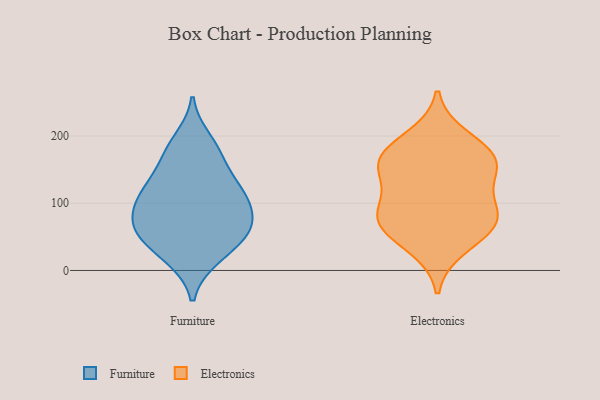
{"axis": {"x": "Shipments", "y": "Value"}, "legend": ["Electronics", "Furniture"], "data": [{"x": "", "y": 75, "type": "Furniture"}, {"x": "", "y": 145, "type": "Furniture"}, {"x": "", "y": 60, "type": "Furniture"}, {"x": "", "y": 111, "type": "Furniture"}, {"x": "", "y": 95, "type": "Furniture"}, {"x": "", "y": 57, "type": "Furniture"}, {"x": "", "y": 58, "type": "Furniture"}, {"x": "", "y": 18, "type": "Furniture"}, {"x": "", "y": 94, "type": "Furniture"}, {"x": "", "y": 47, "type": "Furniture"}, {"x": "", "y": 118, "type": "Furniture"}, {"x": "", "y": 129, "type": "Furniture"}, {"x": "", "y": 195, "type": "Furniture"}, {"x": "", "y": 108, "type": "Furniture"}, {"x": "", "y": 18, "type": "Furniture"}, {"x": "", "y": 171, "type": "Furniture"}, {"x": "", "y": 179, "type": "Furniture"}, {"x": "", "y": 59, "type": "Furniture"}, {"x": "", "y": 158, "type": "Electronics"}, {"x": "", "y": 100, "type": "Electronics"}, {"x": "", "y": 34, "type": "Electronics"}, {"x": "", "y": 168, "type": "Electronics"}, {"x": "", "y": 69, "type": "Electronics"}, {"x": "", "y": 79, "type": "Electronics"}, {"x": "", "y": 198, "type": "Electronics"}, {"x": "", "y": 131, "type": "Electronics"}, {"x": "", "y": 65, "type": "Electronics"}, {"x": "", "y": 78, "type": "Electronics"}, {"x": "", "y": 170, "type": "Electronics"}, {"x": "", "y": 158, "type": "Electronics"}]}